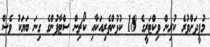
މުފީދަށްވުރެ ކުރިން ވިކްޓަރީގެ 18 ކުޅުންތެރިއަކާއި ކޯޗިން ސްޓާފުންގެ ގިނަ ބަޔަކު ވެސް